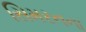
સિમરનના